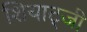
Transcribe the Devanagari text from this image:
शियाट्जी